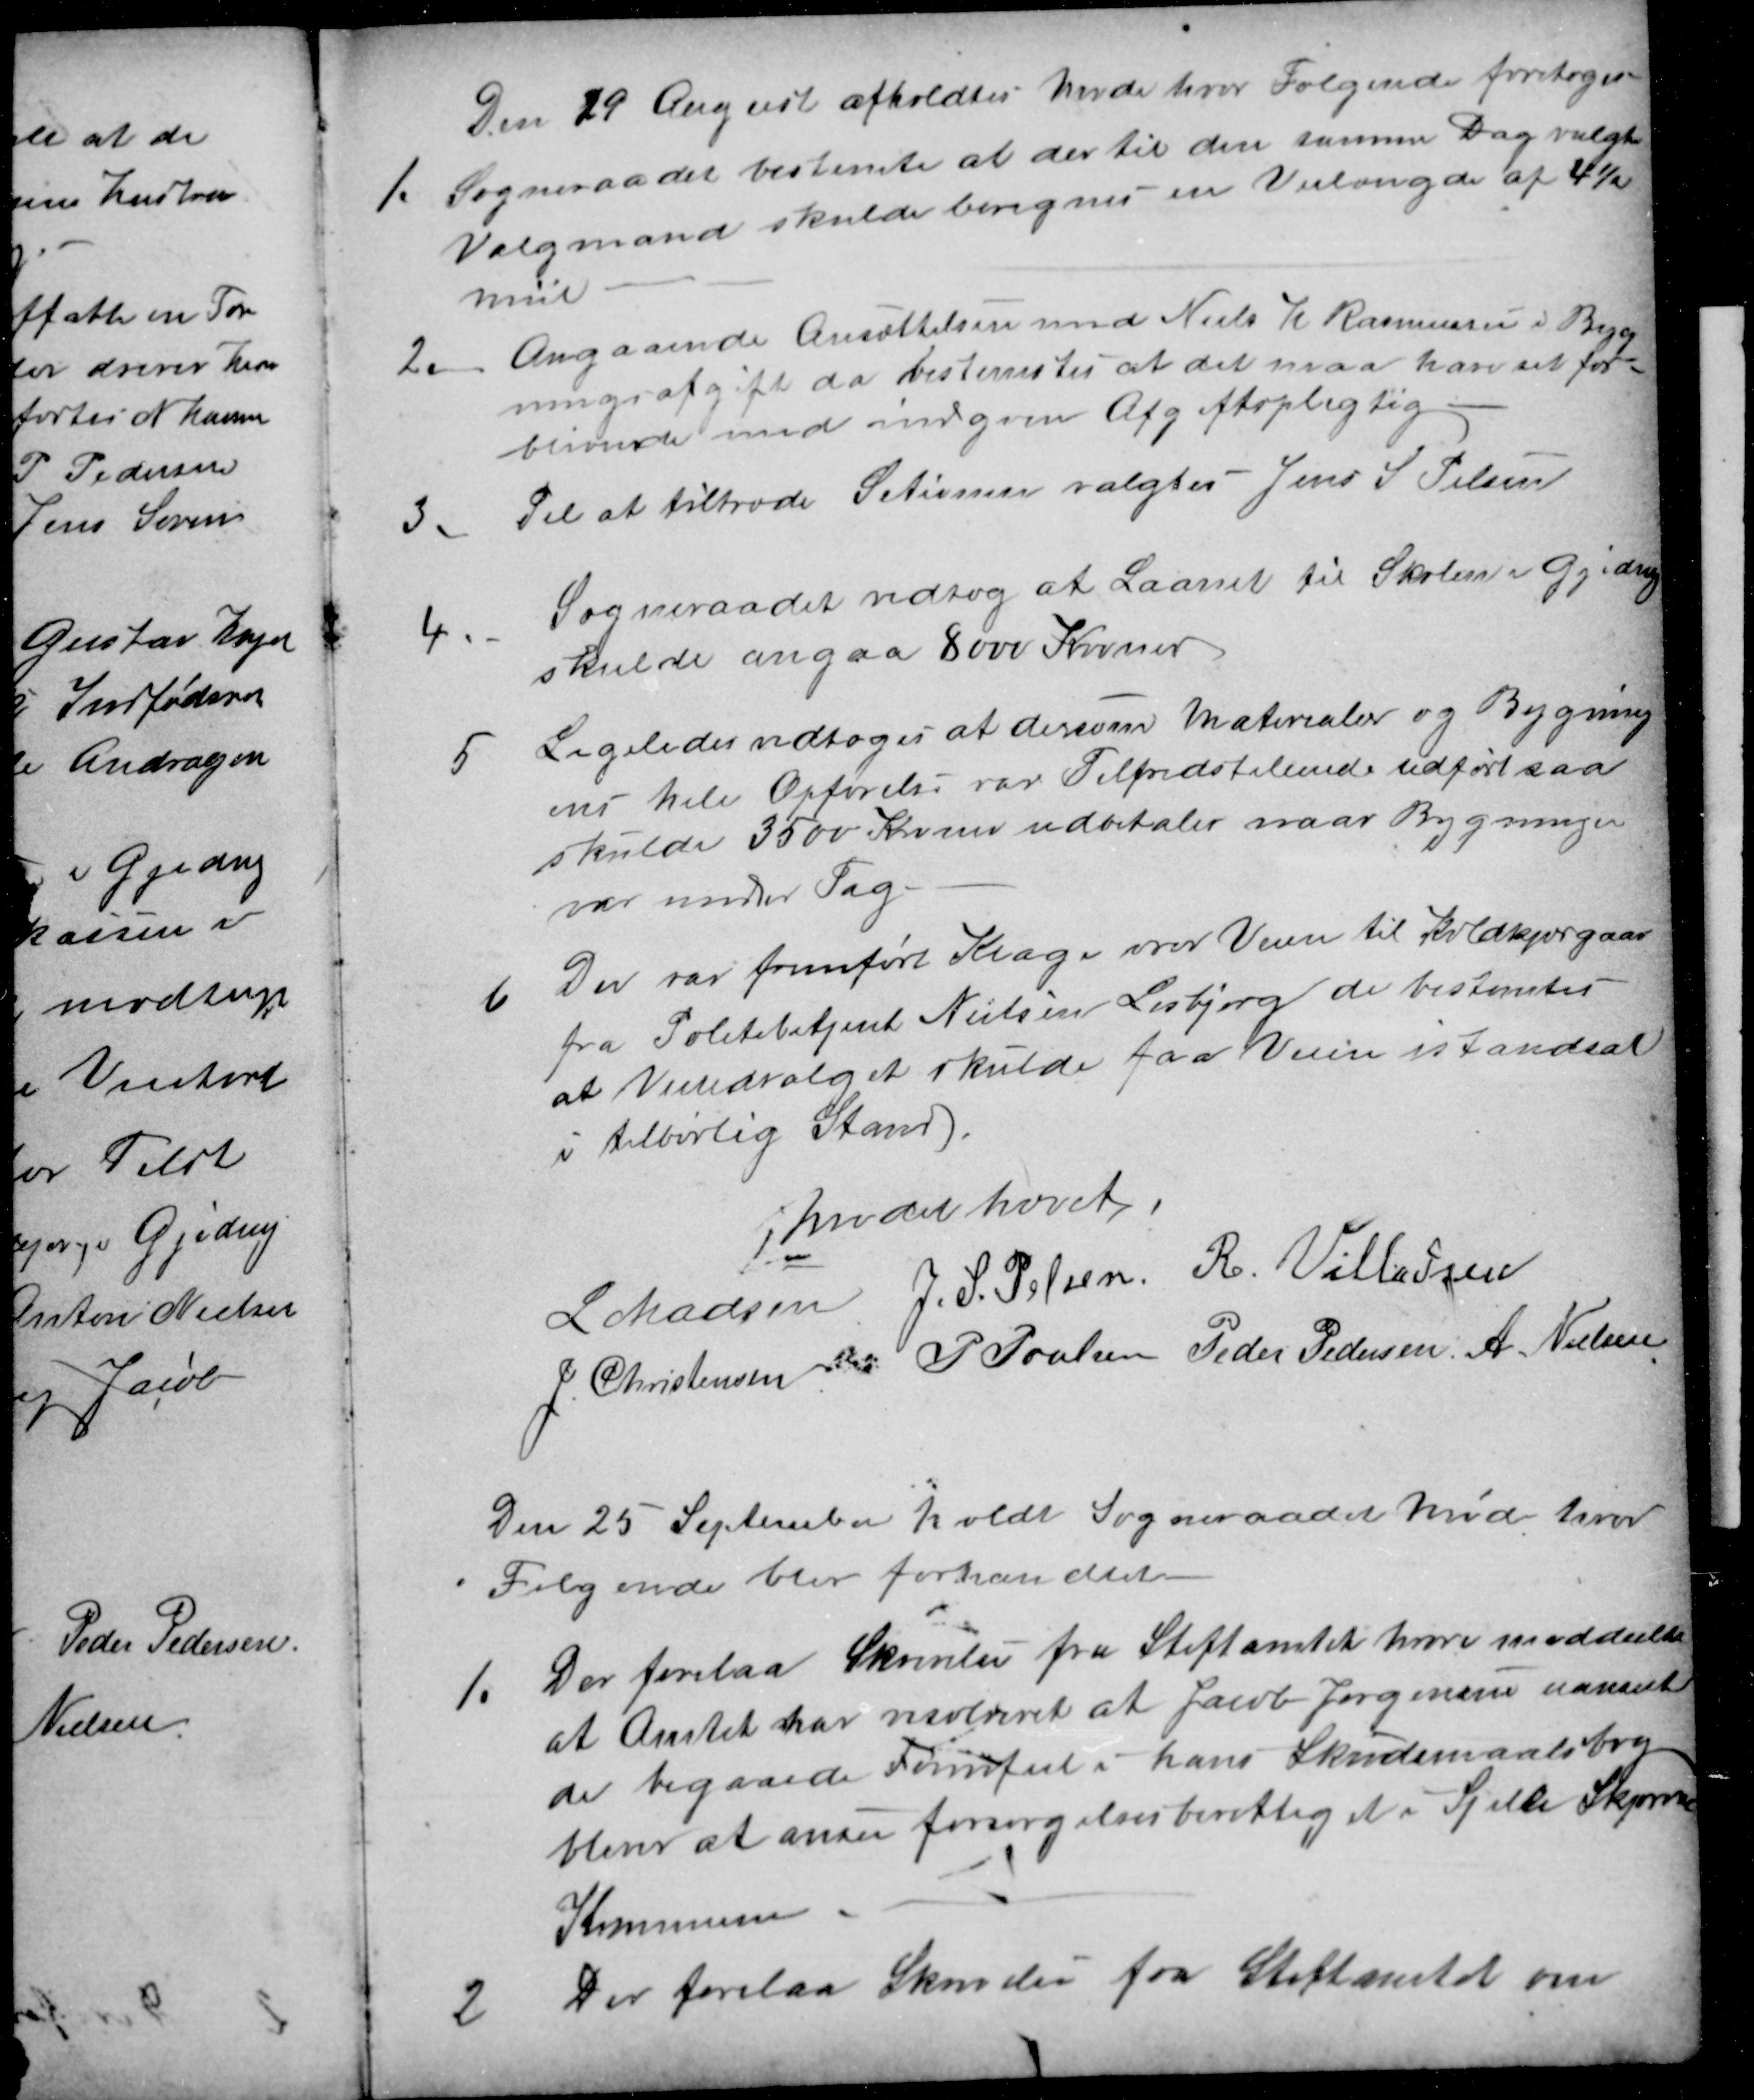
Transskription:
Den 29 August afholdtes Møde hvor Følgende foretoges
1.
Sogneraadet bestemte at der til den samme Dag valgte
Valgmand skulde beregnes en Veilængde af 4½
mil
2.
Angaaende Ansættelsen med Niels H. Rasmussen i Byg
ningsafgift da bestemtes at det maa han ret for-
blivende med indgiven Afgiftspligtig.
3.
Til at tiltræde Setionen valgtes Jens S Pelsen
4
Sogneraadet vedtog at Laanet til Skolen i Gjeding
skulde angaa 8000 Kroner
5
Ligeledes vedtoges at dersom Materialer og Bygning
med hele Opførelse var Tilfredstilende udført saa
skulde 3500 Kroner udbetales naar Bygningen
var under Tag.
6.
Der var fremført Klage over Veien til Koldkjærgaar
fra Politibetjent Nielsen Lisbjerg det bestemtes
at Veiudvalget skulde faa Veien istandsat
i tilbørlig Stand.
Mødet hævet.
L Madsen J. S. Pelsen  R. Villadsen
J. Christensen P Poulsen Peder Pedersen A. Nielsen
Den 25 September holdt Sogneraadet Møde, hvor
Følgende blev forhandlet
1.
Der forelaa Skrivelse fra Stiftamtet hvori meddeltes
at Amtet har resolveret at Jacob Jørgensen uanset
de begaaede Formfeil i hans Skudsmaalsbog
bliver at anses forsørgelsesberettiget i Sjelle Skjørring
Kommune
2
Der forelaa Skrivelse fra Stiftamtet om